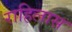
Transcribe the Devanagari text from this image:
राहिलास